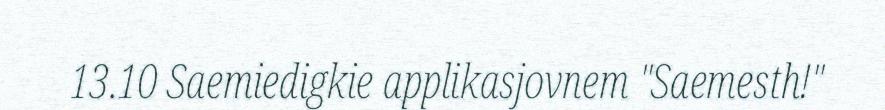
13.10 Saemiedigkie applikasjovnem "Saemesth!"